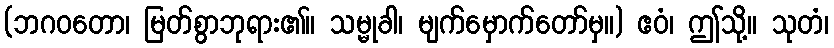
(ဘဂဝတော၊ မြတ်စွာဘုရား၏။ သမ္မုခါ၊ မျက်မှောက်တော်မှ။) ဧဝံ၊ ဤသို့။ သုတံ၊